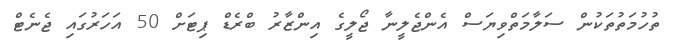
ތުހުމަތުތަކުން ސަލާމަތްވިޔަސް އެންޖެލީނާ ޖޯލީގެ އިންޒާރު ބްރެޑް ޕިޓަށް 50 އަހަރުގައި ޖެނެޓް